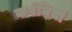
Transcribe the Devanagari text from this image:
कपंनियां